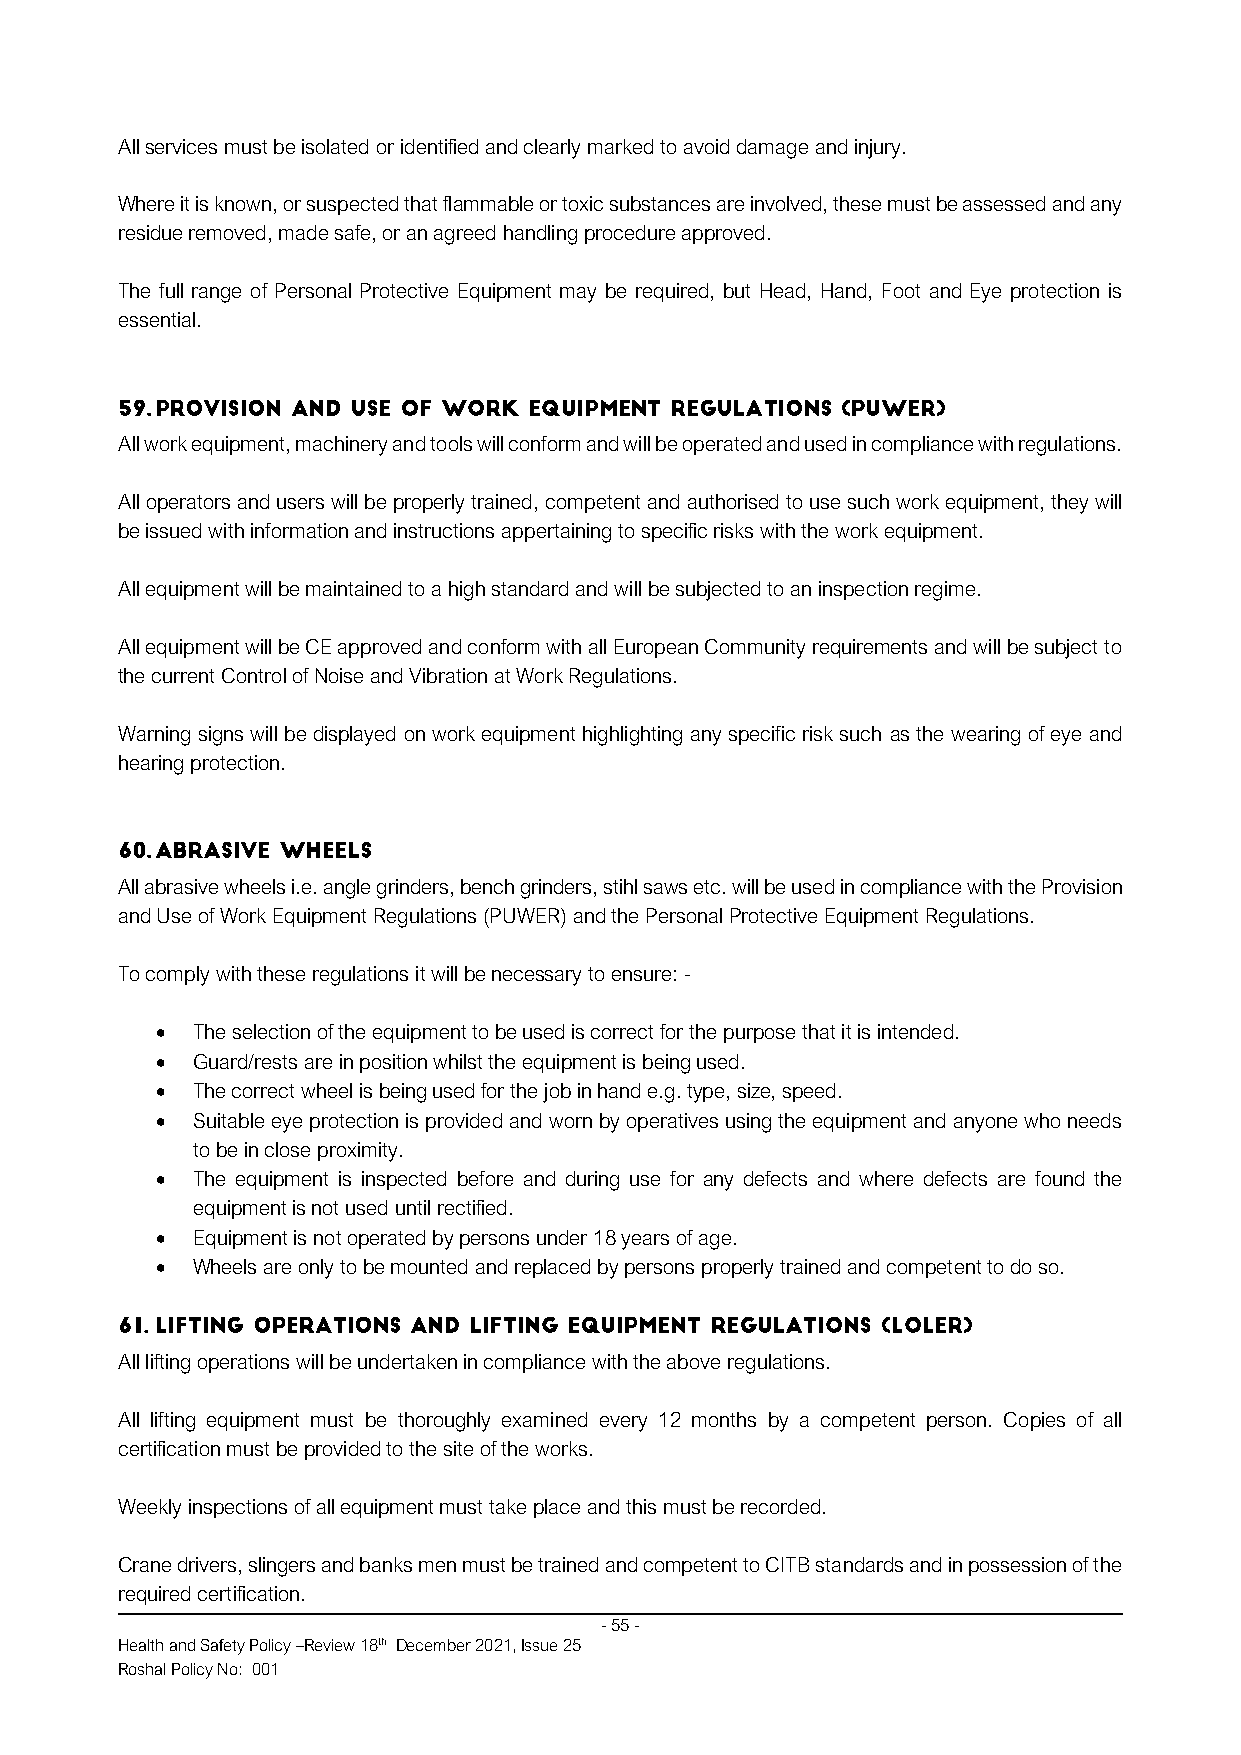
All services must be isolated or identified and clearly marked to avoid damage and injury.
 Where it is known, or suspected that flammable or toxic substances are involved, these must be assessed and any
 residue removed, made safe, or an agreed handling procedure approved.
 The full range of Personal Protective Equipment may be required, but Head, Hand, Foot and Eye protection is
 essential.
 All work equipment, machinery and tools will conform and will be operated and used in compliance with regulations.
 All operators and users will be properly trained, competent and authorised to use such work equipment, they will
 be issued with information and instructions appertaining to specific risks with the work equipment.
 All equipment will be maintained to a high standard and will be subjected to an inspection regime.
 All equipment will be CE approved and conform with all European Community requirements and will be subject to
 the current Control of Noise and Vibration at Work Regulations.
 Warning signs will be displayed on work equipment highlighting any specific risk such as the wearing of eye and
 hearing protection.
 All abrasive wheels i.e. angle grinders, bench grinders, stihl saws etc. will be used in compliance with the Provision
 and Use of Work Equipment Regulations (PUWER) and the Personal Protective Equipment Regulations.
 To comply with these regulations it will be necessary to ensure: -
 •  The selection of the equipment to be used is correct for the purpose that it is intended.
 •  Guard/rests are in position whilst the equipment is being used.
 •  The correct wheel is being used for the job in hand e.g. type, size, speed.
 •  Suitable eye protection is provided and worn by operatives using the equipment and anyone who needs
 to be in close proximity.
 •  The equipment is inspected before and during use for any defects and where defects are found the
 equipment is not used until rectified.
 •  Equipment is not operated by persons under 18 years of age.
 •  Wheels are only to be mounted and replaced by persons properly trained and competent to do so.
 All lifting operations will be undertaken in compliance with the above regulations.
 All lifting equipment must be thoroughly examined every 12 months by a competent person. Copies of all
 certification must be provided to the site of the works.
 Weekly inspections of all equipment must take place and this must be recorded.
 Crane drivers, slingers and banks men must be trained and competent to CITB standards and in possession of the
 required certification.
 - 55 -
 Health and Safety Policy –Review 18th December 2021, Issue 25
 Roshal Policy No: 001